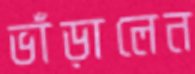
ভাঁড়ালেন